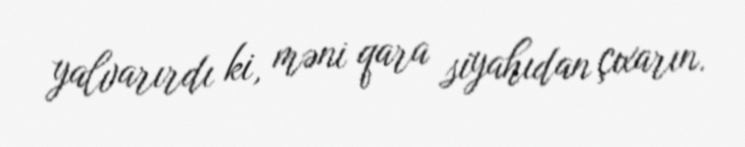
yalvarırdı ki, məni qara siyahıdan çıxarın.